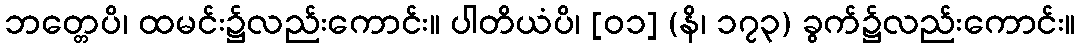
ဘတ္တေပိ၊ ထမင်း၌လည်းကောင်း။ ပါတိယံပိ၊ [၀၁] (နိ၊ ၁၇၃) ခွက်၌လည်းကောင်း။